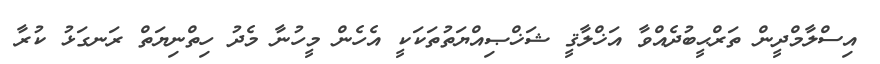
އިސްލާމްދީން ތަރްޙީބުދެއްވާ އަޚްލާޤީ ޝަޚްޞިއްޔަތުތަކަކީ އެހެން މީހުނާ މެދު ހިތްނިޔަތް ރަނގަޅު ކުރާ